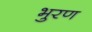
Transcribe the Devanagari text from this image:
भुरण